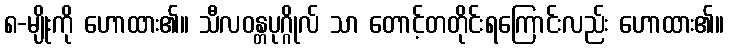
၈-မျိုးကို ဟောထား၏။ သီလဝန္တပုဂ္ဂိုလ် သာ တောင့်တတိုင်းရကြောင်းလည်း ဟောထား၏။